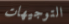
التوجيهات